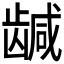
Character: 𬺍